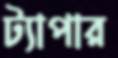
ট্যাপার